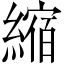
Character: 縮